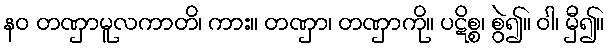
နဝ တဏှာမူလကာတိ၊ ကား။ တဏှာ၊ တဏှာကို။ ပဋိစ္စ၊ စွဲ၍။ ဝါ၊ မှီ၍။